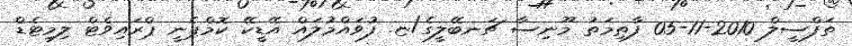
ތަފްސީލް 2010-11-05 ފާޠިމަތު މޫނިސާ ޗަނބޭލީގެ/ޏ. ފުވައްމުލައް އޭޑީކޭ ކޮމްޕެނީ ޕްރައިވެޓް ލިމިޓެޑް